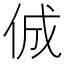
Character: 𠉛